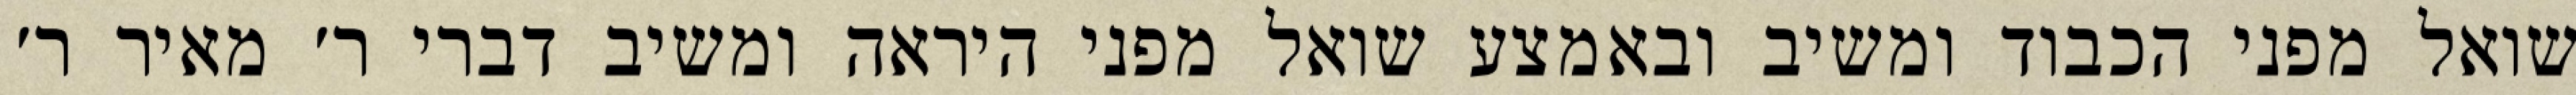
שואל מפני הכבוד ומשיב ובאמצע שואל מפני היראה ומשיב דברי ר׳ מאיר ר׳